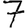
Digit: 7